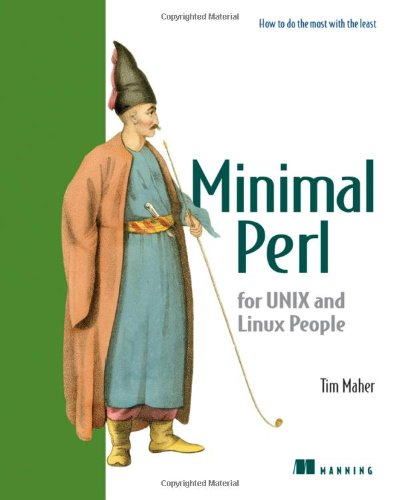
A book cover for Minimal Perl: For Unix and Linux People; Tim Maher; Computers & Technology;